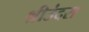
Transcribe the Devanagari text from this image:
श्रीउंदरा